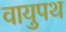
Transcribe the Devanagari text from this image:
वायुपथ